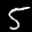
Label: 5